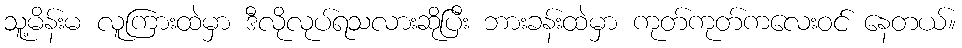
သူ့မိန်းမ လူကြားထဲမှာ ဒီလိုလုပ်ရသလားဆိုပြီး ဘားခန်းထဲမှာ ကုတ်ကုတ်ကလေးဝင် နေတယ်။